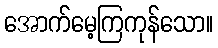
အောက်မေ့ကြကုန်သော။